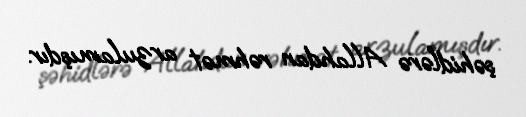
şəhidlərə Allahdan rəhmət arzulamışdır.